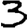
Digit: 3